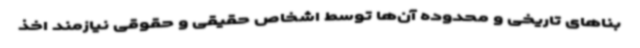
بناهای تاریخی و محدوده آن‌ها توسط اشخاص حقیقی و حقوقی نیازمند اخذ